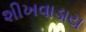
શીખવાડાય